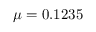
\mu = 0 . 1 2 3 5